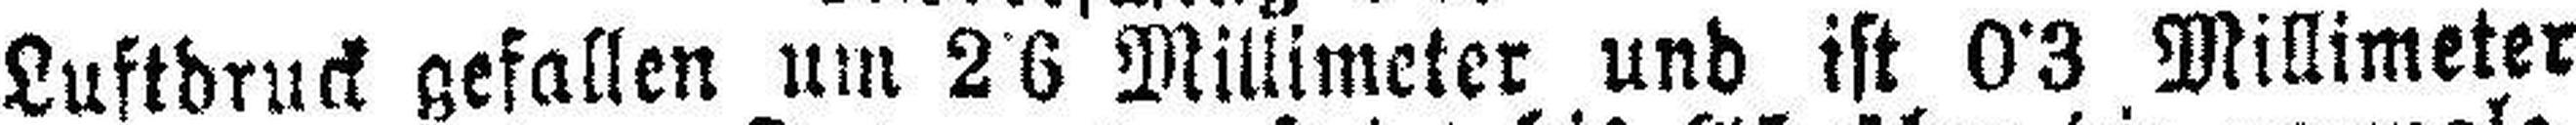
Luftdruck gefallen um 2•6 Millimeter und ist 0•3 Millimeter